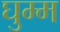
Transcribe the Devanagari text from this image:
घुम्म